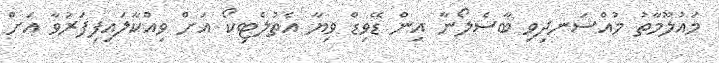
މައުލޫމާތު މުއްސަނދިވި ބާސެލޯނާ އިން ޑޭވިޑް ވިޔާ އެތުލެޓިކޯ އަށް ވިއްކާލައިފިފަރުވާ އަށް